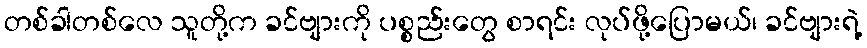
တစ်ခါတစ်လေ သူတို့က ခင်ဗျားကို ပစ္စည်းတွေ စာရင်း လုပ်ဖို့ပြောမယ်၊ ခင်ဗျားရဲ့